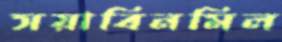
সয়াবিনমিল